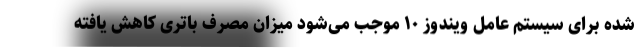
شده برای سیستم عامل ویندوز ۱۰ موجب می‌شود میزان مصرف باتری کاهش یافته